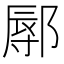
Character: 鄏